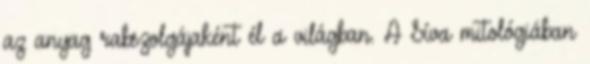
az anyag rabszolgájaként él a világban. A Síva mitológiában